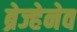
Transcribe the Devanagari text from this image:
ब्रेज्हेनेव